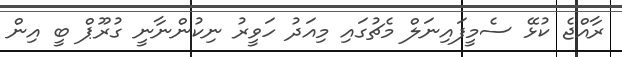
ރާއްޖެ ކުޅޭ ސެމީފައިނަލް މެޗުގައި މިއަދު ހަވީރު ނިކުންނާނީ ގުރޫޕް ބީ އިން